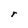
Character: r